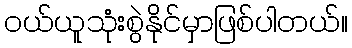
ဝယ်ယူသုံးစွဲနိုင်မှာဖြစ်ပါတယ်။